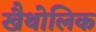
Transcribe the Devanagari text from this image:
खैथोलिक